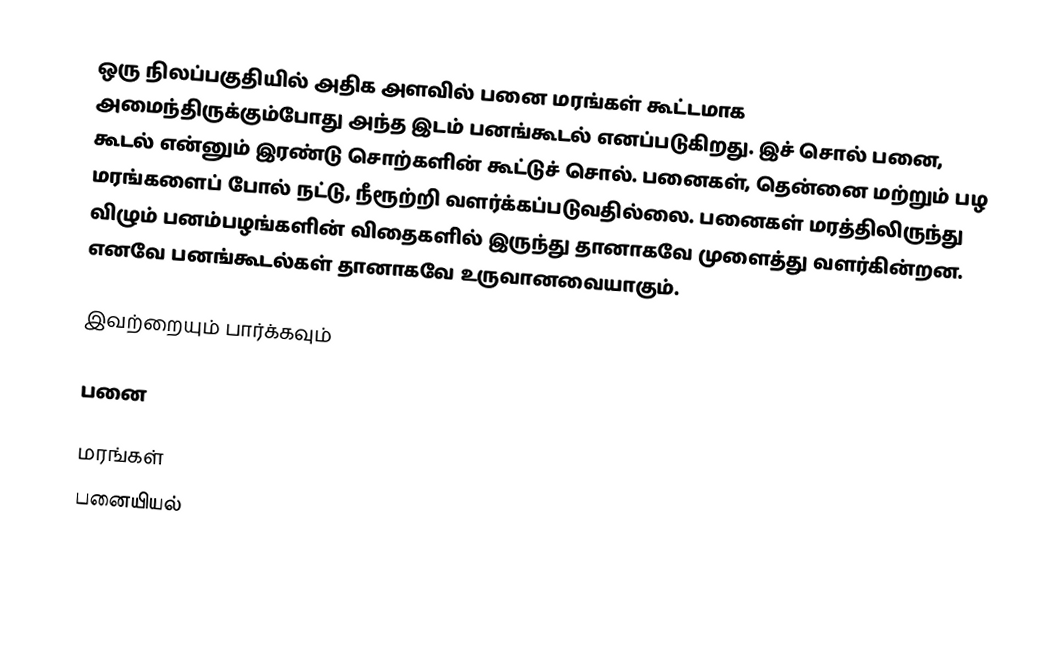
ஒரு நிலப்பகுதியில் அதிக அளவில் பனை மரங்கள் கூட்டமாக அமைந்திருக்கும்போது அந்த இடம் பனங்கூடல் எனப்படுகிறது. இச் சொல் பனை, கூடல் என்னும் இரண்டு சொற்களின் கூட்டுச் சொல். பனைகள், தென்னை மற்றும் பழ மரங்களைப் போல் நட்டு, நீரூற்றி வளர்க்கப்படுவதில்லை. பனைகள் மரத்திலிருந்து விழும் பனம்பழங்களின் விதைகளில் இருந்து தானாகவே முளைத்து வளர்கின்றன. எனவே பனங்கூடல்கள் தானாகவே உருவானவையாகும்.

இவற்றையும் பார்க்கவும்

 பனை

மரங்கள்
பனையியல்